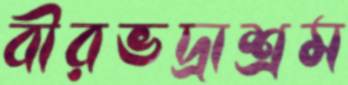
বীরভদ্রাশ্রম